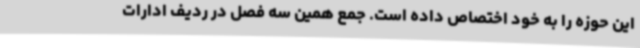
این حوزه را به‌ خود اختصاص داده است. جمع همین سه فصل در ردیف ادارات